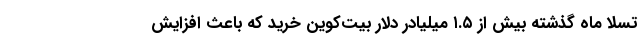
تسلا ماه گذشته بیش از ۱.۵ میلیادر دلار بیت‌کوین خرید که باعث افزایش